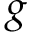
g